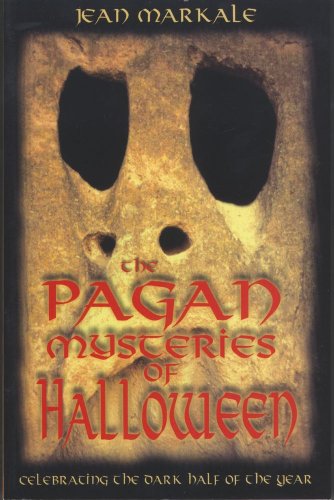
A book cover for The Pagan Mysteries of Halloween: Celebrating the Dark Half of the Year; Jean Markale; Politics & Social Sciences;